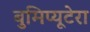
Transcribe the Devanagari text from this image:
बुमिप्यूटेरा